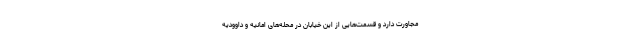
مجاورت دارد و قسمت‌هایی از این خیابان در محله‌های امانیه و داوودیه